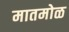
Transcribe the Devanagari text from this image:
मातमोळ